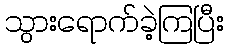
သွားရောက်ခဲ့ကြပြီး